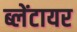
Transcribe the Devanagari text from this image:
ब्लेंटायर